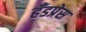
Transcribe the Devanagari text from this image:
हँडप्रेस